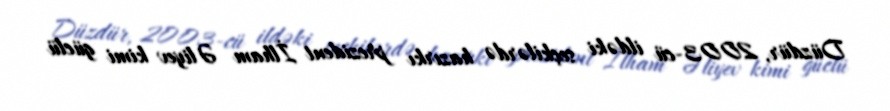
Düzdür, 2003-cü ildəki seçkilərdə hazırkı prezident İlham Əliyev kimi güclü